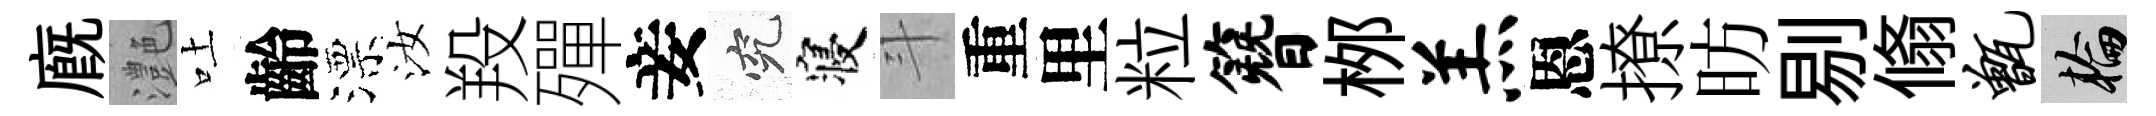
廐灔吐齡漂汝羖殫妾究寝斗重里粒簪桞羔恩撩昉剔翛甑輪